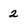
Character: 2